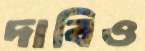
দাবিও